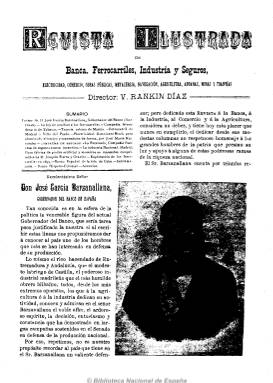
Título: Revista ilustrada de banca, ferrocarriles, industria y seguros
Colección: Economía || Ferrocarriles || Industria
Ámbito geográfico: Madrid
Lugar de publicación: Madrid
Fechas: 25/09/1896-25/09/1936

Es continuación de Revista ilustrada, vías férreas, que había comenzado a publicarse el uno de febrero de 1893 y que tres años después adopta este título, al haberse convertirdo en una publicación periódica de información económica más general, adoptando como subtítulo “electricidad, comercio, obras públicas, metalurgia, navegación, agricultura, aduanas, minas y tranvías”. Es su director Victorino Rankin Díaz, que más tarde será también su propietario. Asimismo llegará a indicar en su cabecera una nómina de colaboradores, en la que aparecen Fernando Colom Beneito, Eduardo Echegaray o Francisco Pi y Margall, entre otros.

La sección de ferrocarriles será una más entre las que se estructurará ahora la revista, siendo otras las dedicadas a la banca, al mercado bursátil, los seguros, a una guía del accionista o al comercio y la industria. En sus páginas se publican artículos e informaciones sobre estas materias y asuntos, así como de obras públicas en general, hacienda pública, presupuestos generales del Estado, comercio exterior, cotizaciones de bolsa o cambios de moneda, entre otros. También inserta abundantes anuncios comerciales, publicitándose bancos e industrias, pero también una serie de comercios relacionados con el mundo de los viajes, como son los hoteles.

De aparición decenal, más tarde volverá a editarse dos veces al mes (los días 10 y 25) y su paginación será variada, alcanzando a veces las 32 páginas. Aunque su cabecera exprese que es “ilustrada”, sus grabados y después fotograbados se reducirán prácticamente a un retrato en su primera página de un personaje de actualidad, relacionado con el mundo de la economía, la industria o las finanzas, así como de altos cargos públicos relacionados con estas materias, sobre los que publica una breve semblanza. El segundo y último director-gerente de este periódico, antecedente de los económicos conocidos hoy como de “papel salmón”, será Joaquín Rocamora.

En la colección de la Biblioteca Nacional de España faltan los números correspondientes a los años 1930, 1932 y 1933 de este título. Su último número aparece el 25 de septiembre de 1936, ya en plena guerra civil, tras casi medio siglo de existencia.